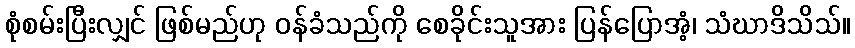
စုံစမ်းပြီးလျှင် ဖြစ်မည်ဟု ဝန်ခံသည်ကို စေခိုင်းသူအား ပြန်ပြောအံ့၊ သံဃာဒိသိသ်။